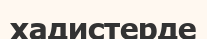
хадистерде